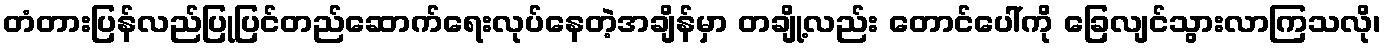
တံတားပြန်လည်ပြုပြင်တည်ဆောက်ရေးလုပ်နေတဲ့အချိန်မှာ တချို့လည်း တောင်ပေါ်ကို ခြေလျင်သွားလာကြသလို၊